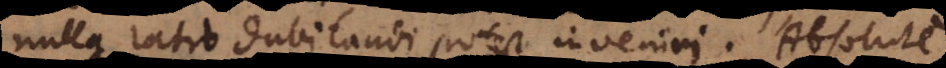
tio dubitandi potest inveniri. Absolute